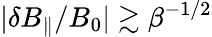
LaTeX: |\delta B_{\parallel}/B_{0}|\gtrsim\beta^{-1/2}